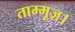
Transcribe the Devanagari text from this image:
ताम्मूज़।